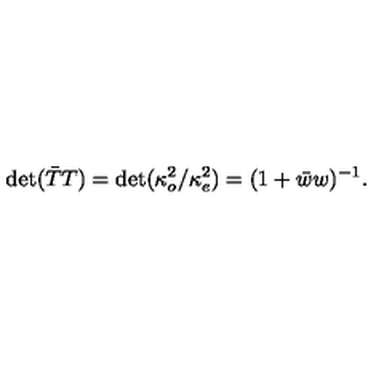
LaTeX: \det ( \bar { T } T ) = \det ( \kappa _ { o } ^ { 2 } / \kappa _ { e } ^ { 2 } ) = ( 1 + \bar { w } w ) ^ { - 1 } .